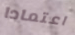
اعتمادا